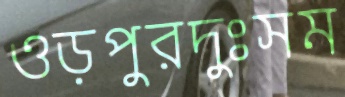
ওড়পুরদুঃসম